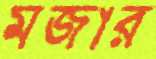
মজার